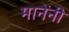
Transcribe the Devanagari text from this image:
मानेंनी